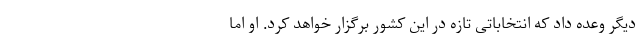
دیگر وعده داد که انتخاباتی تازه در این کشور برگزار خواهد کرد. او اما